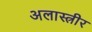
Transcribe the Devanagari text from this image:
अलास्त्रीर